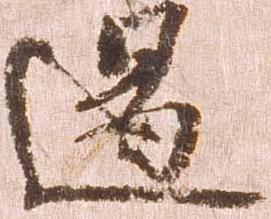
遏